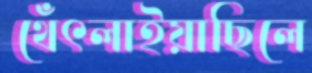
থেঁৎলাইয়াছিলে